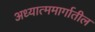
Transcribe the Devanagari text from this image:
अध्यात्ममार्गातील